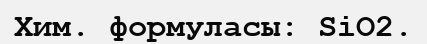
Хим. формуласы: SіO2.